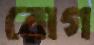
রোগ